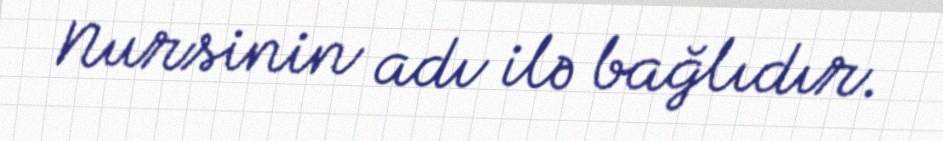
Nursinin adı ilə bağlıdır.